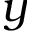
\boldsymbol y